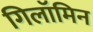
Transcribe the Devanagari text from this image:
गिलॉमिन